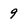
Character: 9